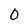
Character: 0